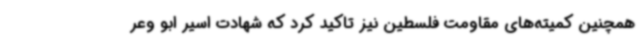
همچنین کمیته‌های مقاومت فلسطین نیز تاکید کرد که شهادت اسیر ابو وعر